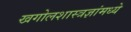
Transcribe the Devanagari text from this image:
खगोलशास्त्रज्ञांमध्ये